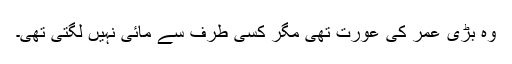
وہ بڑی عمر کی عورت تھی مگر کسی طرف سے مائی نہیں لگتی تھی۔